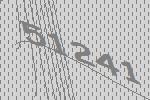
51241